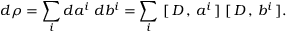
d \rho = \sum _ { i } d a ^ { i } \, \, d b ^ { i } = \sum _ { i } \, \, [ \, D \, , \, a ^ { i } \, ] \, \, [ \, D \, , \, b ^ { i } \, ] .